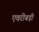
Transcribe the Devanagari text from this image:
एवरीबड़ी